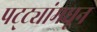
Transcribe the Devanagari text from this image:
पट्ट्यांमधून